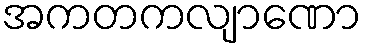
အကတကလျာဏော